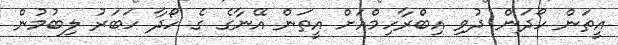
އީތަން ހޯދަން ދުވި އިބްރާހިމްއަށް އީތަން އޭނާގެ ގެ ހޯދާ ހަބަރު ލިބުމުން